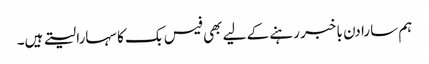
ہم سارا دن با خبر رہنے کے لیے بھی فیس بک کا سہارا لیتے ہیں۔